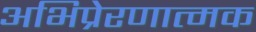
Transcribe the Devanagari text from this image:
अभिप्रेरणात्मक